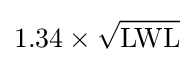
1.34\times {\sqrt {\mbox{LWL}}}